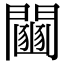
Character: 𨷒